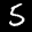
Label: 5